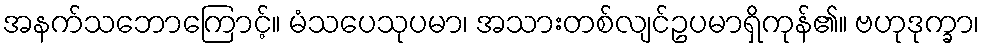
အနက်သဘောကြောင့်။ မံသပေသုပမာ၊ အသားတစ်လျင်ဥပမာရှိကုန်၏။ ဗဟုဒုက္ခာ၊